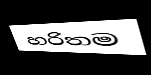
හරිතම